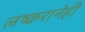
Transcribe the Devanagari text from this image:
लष्करानेही